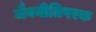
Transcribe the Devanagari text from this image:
जैवनीतिपरक